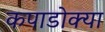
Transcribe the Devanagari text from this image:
कपाडोक्या